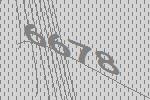
6678